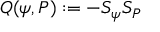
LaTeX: Q ( \psi , P ) : = - S _ { \psi } S _ { P } \,